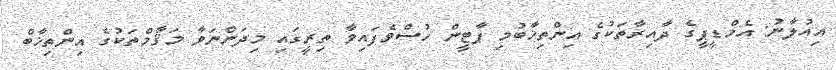
އިއުލާނު: އެމްޑީޕީގެ ދާއިރާތަކުގެ އިންތިޚާބުމި ޕާޓީން ހުސްވެފައިވާ ތިރީގައި މިދަންނަވާ މަޤާމްތަކުގެ އިންތިޚާބް